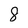
Character: 8